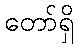
တော်ရှိ